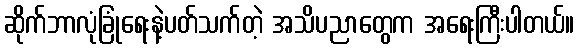
ဆိုက်ဘာလုံခြုံရေးနဲ့ပတ်သက်တဲ့ အသိပညာတွေက အရေးကြီးပါတယ်။